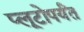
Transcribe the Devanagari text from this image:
प्लूटोपर्यंत